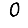
Digit: 0